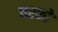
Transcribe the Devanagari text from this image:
चरको